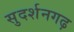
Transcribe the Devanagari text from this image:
सुदर्शनगढ़